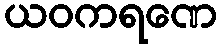
ယဝကရဏေ